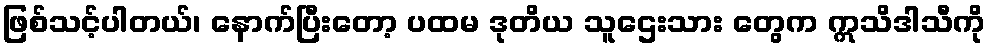
ဖြစ်သင့်ပါတယ်၊ နောက်ပြီးတော့ ပထမ ဒုတိယ သူဌေးသား တွေက ဣသိဒါသီကို